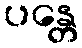
ပန္တေ